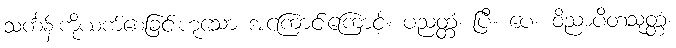
သင်္ကန်းကိုယက်စေခြင်းဟူသော အကြောင်းကြောင့်။ ပညတ္တံ၊ ပြီ။ ပေ။ ဝိညာပိတသုတ္တံ၊